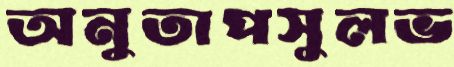
অনুতাপসুলভ